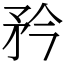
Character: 矜